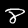
Label: 8